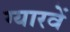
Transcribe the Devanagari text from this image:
ग्‍यारवें